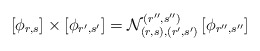
\begin{align*}\left[ \phi _{r,s}\right] \times \left[ \phi _{r^{\prime },s^{\prime}}\right] =\mathcal{N}_{(r,s),(r^{\prime },s^{\prime })}^{(r^{\prime \prime},s^{\prime \prime })}\left[ \phi _{r^{\prime \prime },s^{\prime \prime}}\right] \end{align*}